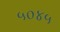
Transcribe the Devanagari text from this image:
५०४५